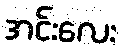
အင်းလေး